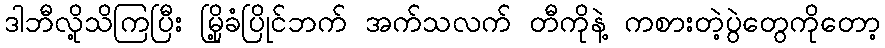
ဒါဘီလို့သိကြပြီး မြို့ခံပြိုင်ဘက် အက်သလက် တီကိုနဲ့ ကစားတဲ့ပွဲတွေကိုတော့